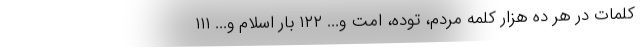
کلمات در هر ده هزار کلمه مردم، توده، امت و... ۱۲۲ بار اسلام و... ۱۱۱